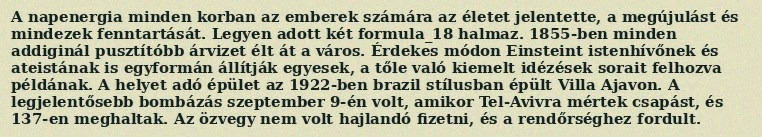
A napenergia minden korban az emberek számára az életet jelentette, a megújulást és mindezek fenntartását. Legyen adott két formula_18 halmaz. 1855-ben minden addiginál pusztítóbb árvizet élt át a város. Érdekes módon Einsteint istenhívőnek és ateistának is egyformán állítják egyesek, a tőle való kiemelt idézések sorait felhozva példának. A helyet adó épület az 1922-ben brazil stílusban épült Villa Ajavon. A legjelentősebb bombázás szeptember 9-én volt, amikor Tel-Avivra mértek csapást, és 137-en meghaltak. Az özvegy nem volt hajlandó fizetni, és a rendőrséghez fordult.